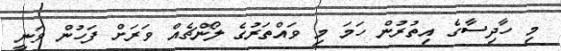
މި ހާދިސާގެ އިތުރުން ހަމަ މި ވައްތަރުގެ ލޯންޗެއް ވަރަށް ފަހުން ވަނީ